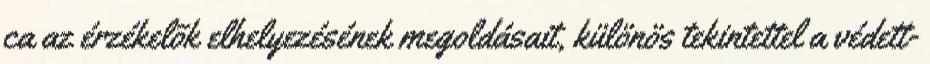
ca az érzékelõk elhelyezésének megoldásait, különös tekintettel a védett-